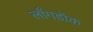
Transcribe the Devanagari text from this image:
लाँगडॉक